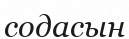
содасын